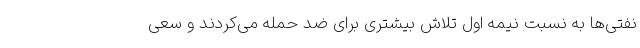
نفتی‌ها به نسبت نیمه اول تلاش بیشتری برای ضد حمله می‌کردند و سعی